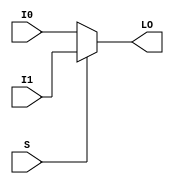
module MUXF5_L (LO, I0, I1, S);

    output LO;
    reg    LO;

    input  I0, I1, S;

	always @(I0 or I1 or S) 
	    if (S)
		LO = I1;
	    else
		LO = I0;
endmodule